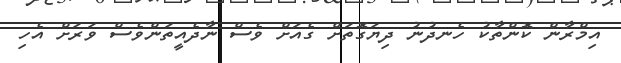
އިމްރާން ކޮންތާކު ހެނދުނު ދިޔަގޮތަށް ގެއަށް ވެސް ނާދެއީތަންވެސް ވަރަށް އެހި